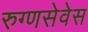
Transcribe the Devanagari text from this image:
रुग्णसेवेस